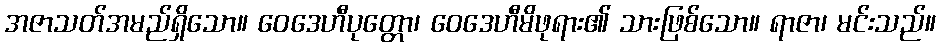
အဇာသတ်အမည်ရှိသော။ ဝေဒေဟီပုတ္တော၊ ဝေဒေဟီမိဖုရား၏ သားဖြစ်သော။ ရာဇာ၊ မင်းသည်။